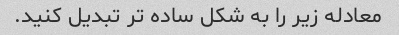
معادله زیر را به شکل ساده تر تبدیل کنید.